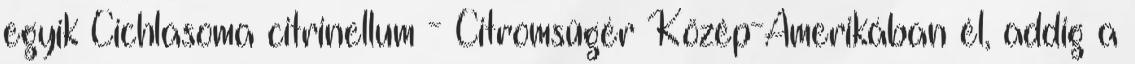
egyik Cichlasoma citrinellum - Citromsügér Közép-Amerikában él, addig a